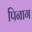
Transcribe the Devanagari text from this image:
पिनाग